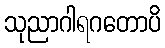
သုညာဂါရဂတောပိ